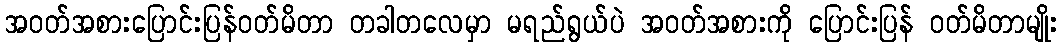
အဝတ်အစားပြောင်းပြန်ဝတ်မိတာ တခါတလေမှာ မရည်ရွယ်ပဲ အဝတ်အစားကို ပြောင်းပြန် ဝတ်မိတာမျိုး